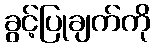
ခွင့်ပြုချက်ကို